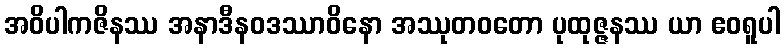
အဝိပါကဇိနဿ အနာဒီနဝဒဿာဝိနော အဿုတဝတော ပုထုဇ္ဇနဿ ယာ ဧဝရူပါ